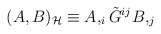
\begin{align*} (A,B)_{\cal H}\equiv A,_i \tilde{G}^{ij}B,_j\end{align*}